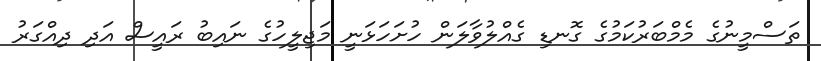
ތަސްމީނުގެ މެމްބަރުކަމުގެ ގޮނޑި ގެއްލުވާލަން ހުށަހަޅަނީ މަޖިލީހުގެ ނައިބު ރައީސް އަދި ދިއްގަރު